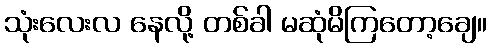
သုံးလေးလ နေလို့ တစ်ခါ မဆုံမိကြတော့ချေ။